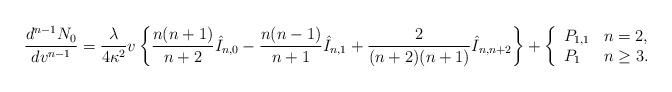
LaTeX: \begin{align*} \frac{d^{n-1}N_0}{dv^{n-1}}=\frac{\lambda}{4\kappa^2}v\left\{\frac{n(n+1)}{n+2}\hat{I}_{n,0}-\frac{n(n-1)}{n+1}\hat{I}_{n,1}+\frac{2}{(n+2)(n+1)}\hat{I}_{n,n+2}\right\}+\left\{ \begin{array}{ll} P_{1,1} & n=2,\\ P_1 & n\geq 3. \end{array}\right.\end{align*}